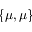
\{ \mu , \mu \}